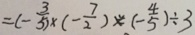
= ( - \frac { 3 } { 5 } ) \times ( - \frac { 7 } { 2 } ) \times ( - \frac { 4 } { 5 } ) \div 3